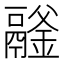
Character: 𩱉